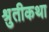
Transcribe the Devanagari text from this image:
श्रुतीकथा